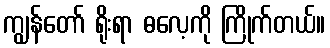
ကျွန်တော် ရိုးရာ ဓလေ့ကို ကြိုက်တယ်။